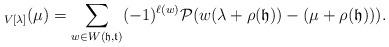
LaTeX: \begin{align*}_{V[\lambda]}(\mu)=\sum_{w\in W({\mathfrak h},{\mathfrak t})}(-1)^{\ell(w)}{\mathcal P}(w(\lambda+\rho({\mathfrak h}))-(\mu+\rho({\mathfrak h}))).\end{align*}